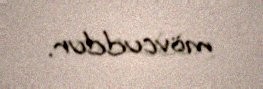
mövcuddur.